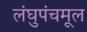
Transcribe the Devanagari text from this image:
लंघुपंचमूल